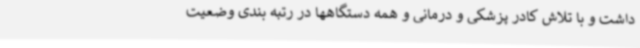
داشت و با تلاش کادر پزشکی و درمانی و همه دستگاهها در رتبه بندی وضعیت